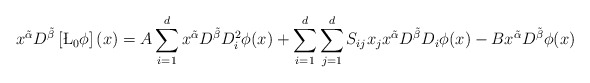
\begin{align*} x^{\tilde{\alpha}}D^{\tilde{\beta}}\left[\L_0\phi\right](x) = A\sum_{i=1}^{d}x^{\tilde{\alpha}}D^{\tilde{\beta}}D_i^2\phi(x) +\sum_{i=1}^{d}\sum_{j=1}^{d}S_{ij}x_jx^{\tilde{\alpha}}D^{\tilde{\beta}}D_i\phi(x) -Bx^{\tilde{\alpha}}D^{\tilde{\beta}}\phi(x) \end{align*}